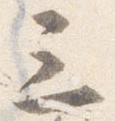
三